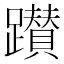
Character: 𨇃